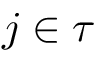
j \in \tau